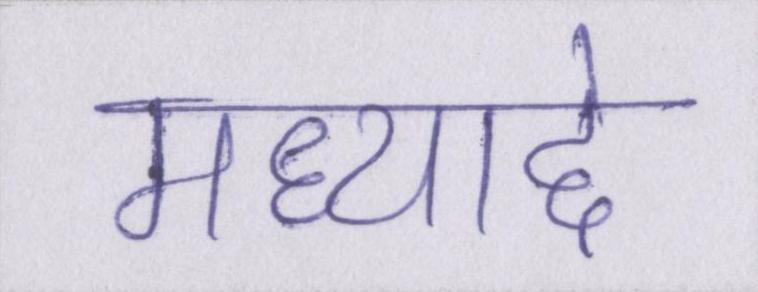
मध्याद्दे